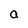
Character: a